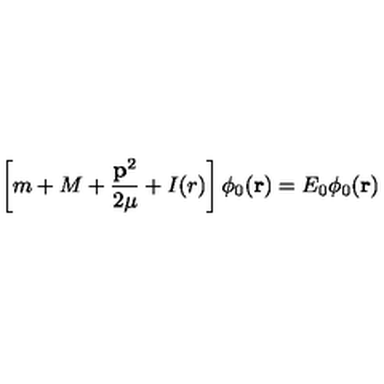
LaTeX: \left[ m + M + \frac { { \bf p } ^ { 2 } } { 2 \mu } + I ( r ) \right] \phi _ { 0 } ( { \bf r } ) = E _ { 0 } \phi _ { 0 } ( { \bf r } )